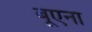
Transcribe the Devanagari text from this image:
बूएना